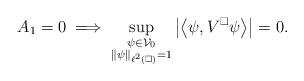
LaTeX: \begin{align*} A_1=0 \implies \sup_{\substack{\psi \in \mathcal V_0 \\ \|\psi\|_{\ell^2(\square)} = 1}} \left| \left\langle \psi, V^\square \psi \right\rangle \right| = 0.\end{align*}